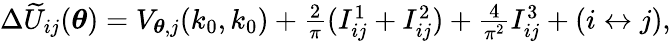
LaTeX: \begin{array}{r}{\Delta\widetilde U_{ij}(\boldsymbol{\theta})=V_{\boldsymbol{\theta},j}(k_{0},k_{0})+\frac{2}{\pi}(I_{ij}^{1}+I_{ij}^{2})+\frac{4}{\pi^{2}}I_{ij}^{3}+(i\leftrightarrow j),}\end{array}